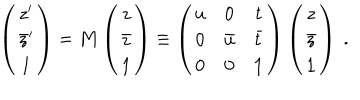
LaTeX: \left( \begin{array} { c } { { z ^ { \prime } } } \\ { { \bar { z } ^ { \prime } } } \\ { { \bf 1 } } \\ \end{array} \right) = { \bf M } \left( \begin{array} { c } { { z } } \\ { { \bar { z } } } \\ { { \bf 1 } } \\ \end{array} \right) \equiv \left( \begin{array} { c c c } { { u } } & { { 0 } } & { { t } } \\ { { 0 } } & { { \bar { u } } } & { { \bar { t } } } \\ { { 0 } } & { { 0 } } & { { { \bf 1 } } } \\ \end{array} \right) \left( \begin{array} { c } { { z } } \\ { { \bar { z } } } \\ { { \bf 1 } } \\ \end{array} \right) \ .